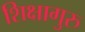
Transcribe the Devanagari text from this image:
शिक्षागुरु